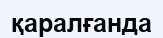
қаралғанда